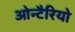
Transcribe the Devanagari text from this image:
ओन्टैरियो